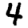
Digit: 4